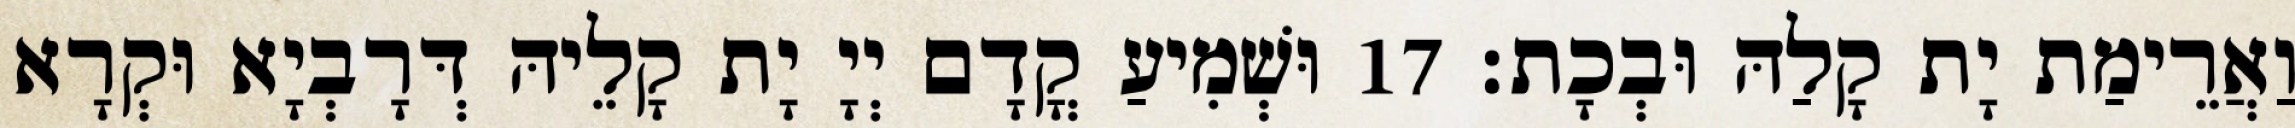
וַאֲרֵימַת יָת קָלַהּ וּבְכָת׃ 17 וּשְׁמִיעַ קֳדָם יְיָ יָת קָלֵיהּ דְּרָבְיָא וּקְרָא